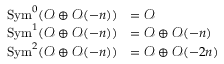
{ \begin{array} { r l } { \operatorname { S y m } ^ { 0 } ( { \mathcal { O } } \oplus { \mathcal { O } } ( - n ) ) } & { = { \mathcal { O } } } \\ { \operatorname { S y m } ^ { 1 } ( { \mathcal { O } } \oplus { \mathcal { O } } ( - n ) ) } & { = { \mathcal { O } } \oplus { \mathcal { O } } ( - n ) } \\ { \operatorname { S y m } ^ { 2 } ( { \mathcal { O } } \oplus { \mathcal { O } } ( - n ) ) } & { = { \mathcal { O } } \oplus { \mathcal { O } } ( - 2 n ) } \end{array} }